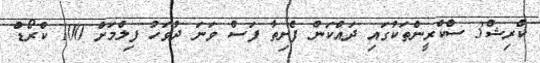
ކްރިޝް3 ސްކްރީންތަކުގައި ދައްކަން ފެށިތާ ފަސް ވަނަ ދުވަހު ފިލްމަށް 100 ކްރޯޑް